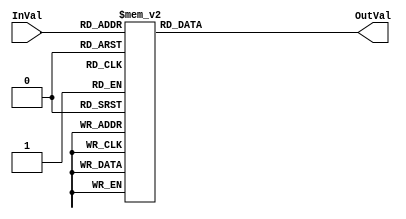
module  hex_driver (
  input      [4:0] InVal,
  output reg [7:0] OutVal
);

always @(InVal)
begin
  case (InVal)
  // TODO: add all the different cases to correspond to the encoding
  //       in Table 2 of the lab assignment
  //up to d15 same as hex digits
  5'd0: OutVal = 8'hC0;
  5'd1: OutVal = 8'hF9;
  5'd2: OutVal = 8'hA4;
  5'd3: OutVal = 8'hB0;
  5'd4: OutVal = 8'h99;
  5'd5: OutVal = 8'h92;
  5'd6: OutVal = 8'h82;
  5'd7: OutVal = 8'hF8;
  5'd8: OutVal = 8'h80;
  5'd9: OutVal = 8'h90;
  5'd10: OutVal = 8'h88;//A 
  5'd11: OutVal = 8'h83;//B
  5'd12: OutVal = 8'hC6;//C
  5'd13: OutVal = 8'hA1;//D
  5'd14: OutVal = 8'h86;//E
  5'd15: OutVal = 8'h8E;//F
  //r, o, g respectively
  5'd16: OutVal = 8'hAF;//r
  5'd17: OutVal = 8'hA3;//o
  5'd18: OutVal = 8'h90;//g
  
  default : OutVal = 8'hFF; // blank
  endcase
end

endmodule